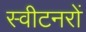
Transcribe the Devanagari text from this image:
स्वीटनरों